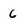
Character: 6